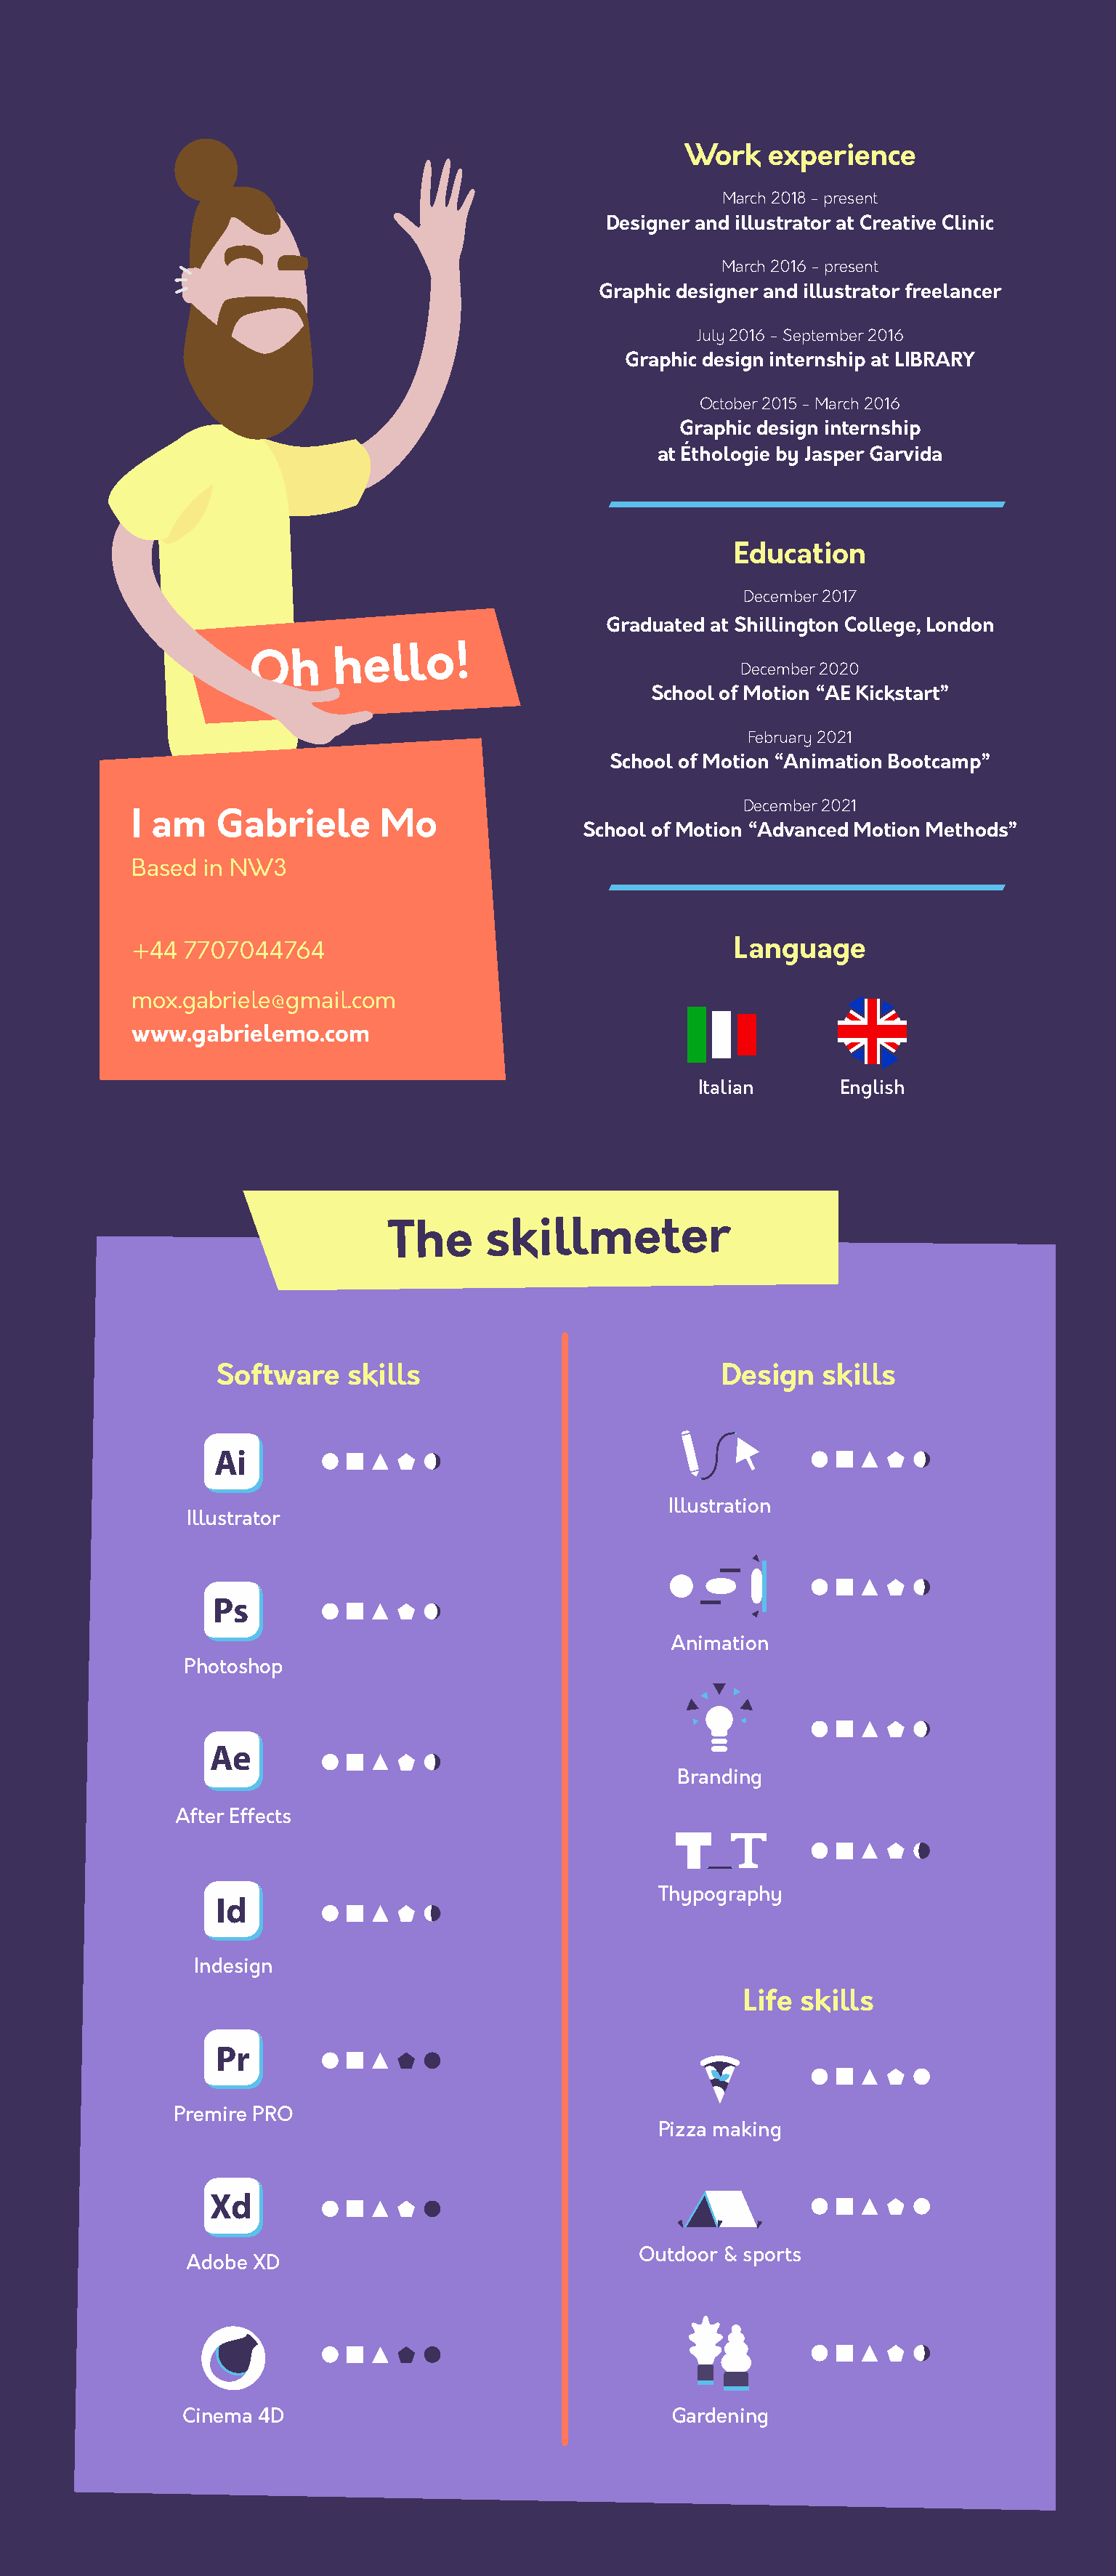
Work    experience
 March 2018 - present
 Designer and illustrator at Creative Clinic
 March 2016 - present
 Graphic designer and illustrator freelancer
 July 2016 - September 2016
 Graphic design internship at LIBRARY
 October 2015 - March 2016
 Graphic design internship
 at Éthologie by Jasper Garvida
 Education
 December 2017
 Graduated at Shillington College, London
 Oh
 hello!
 December 2020
 School of Motion “AE Kickstart”
 February 2021
 School of Motion “Animation Bootcamp”
 December 2021
 I am    Gabriele       Mo
 School of Motion “Advanced Motion Methods”
 Based  in NW3
 +44  7707044764                                        Language
 mox.gabriele@gmail.com
 www.gabrielemo.com
 Italian     English
 The      skillmeter
 Software    skills                            Design   skills
 Ai
 Illustration
 Illustrator
 Ps
 Animation
 Photoshop
 Ae
 Branding
 After Effects
 Thypography
 Id
 Indesign
 Life skills
 Pr
 Premire PRO
 Pizza making
 Xd
 Outdoor & sports
 Adobe XD
 Cinema 4D                                   Gardening